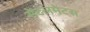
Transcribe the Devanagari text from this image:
सेटलमेंटस